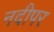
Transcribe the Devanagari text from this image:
नदीपर